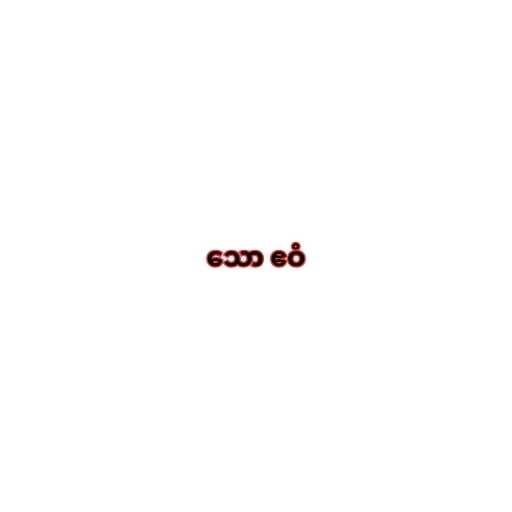
သော ဧဝံ